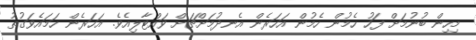
މިހިން ބުނުމަށް ފަހު ހެމުން ހެމުން އަހަރެން އެނދުމަށްޗަށް ވައްޓާލިއެވެ. އަހަރެން ހަމައެވަގުތު